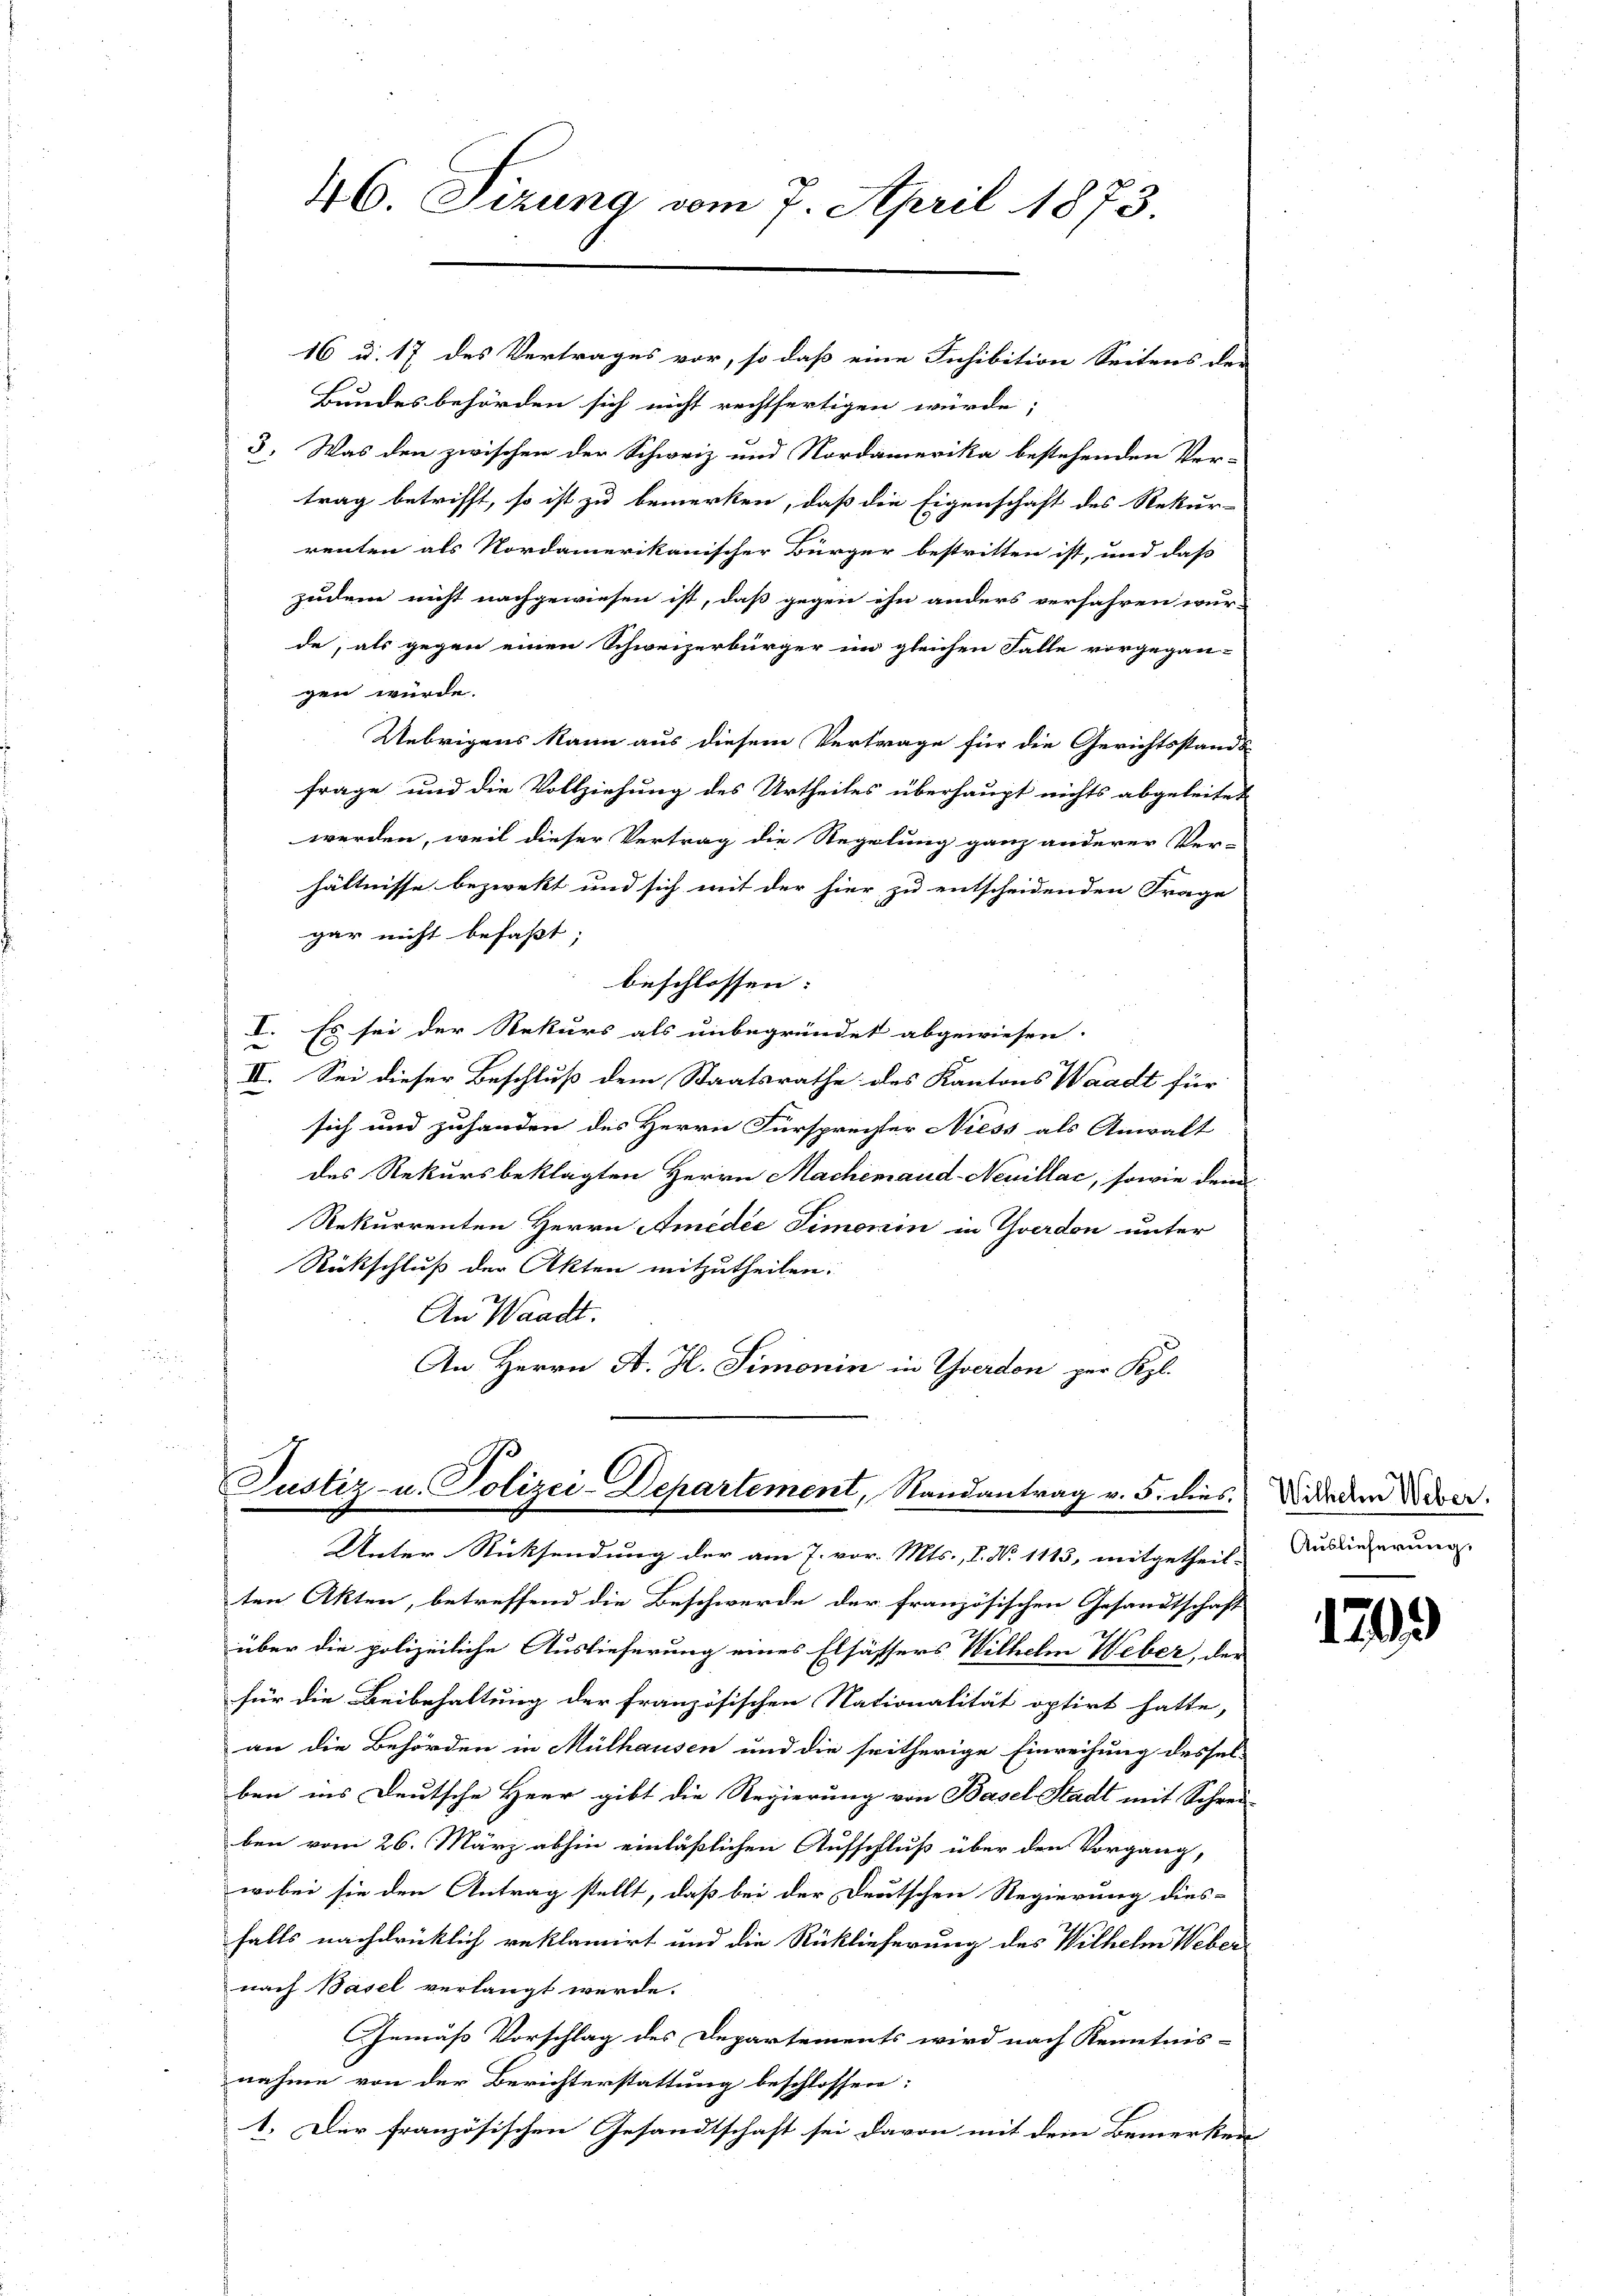
46. Sizung vom 7. April 1873.

16 d. 17 des Vertrages vor, so daß eine Inhibition Seitens der
Bundesbehörden sich nicht rechtfertigen würde;
3. Was den zwischen der Schweiz und Nordamerika bestehenden Ver-
trag betrifft, so ist zu bemerken, daß die Eigenschaft des Rekur-
renten als Nordamerikanischer Bürger bestritten ist, und daß
zudem nicht nachgewiesen ist, daß gegen ihn anders verfahren wur-
de, als gegen einen Schweizerbürger im gleichen Falle vorgegan-
gen würde.
Uebrigens kann aus diesem Vertrage für die Gerichtsstands
frage und die Vollziehung des Urtheiles überhaupt nichts abgeleitet
werden, weil dieser Vertrag die Regelung ganz anderer Ver-
hältnisse bezwekt und sich mit der hier zu entscheidenden Frage
gar nicht befaßt;
beschlossen:
I.
Es sei der Rekurs als unbegründet abgewiesen.
.
II. Sei dieser Beschluß dem Staatsrathe des Kantons Waadt für
sich und zuhanden des Herrn Fürsprecher Niess als Anwalt
des Rekursbeklagten Herrn Machemand- Neuillac, sowie dem
Rekurrenten Herrn Amédée Simonin in Yverdon unter
Rückschluß der Akten mitzutheilen.
An Waadt.
An Herrn A. H. Simonin in Yverden zur Kl.

Justiz- u. Polizei-Departement, Randantrag v. 5. dies. Die dem Diver
Unter Rücksendung der am 7. vor. Mts., L. N. 1113, mitgetheil-

ten Akten, betreffend die Beschwerde der französischen Gesandtschaft
über die polizeiliche Auslieferung eines Elsässers Wilhelm Weber, der
für die Beibehaltung der französischen Nationalität optirt hatte,
an die Behörden in Mülhausen und die seitherige Einreihung dessel-
ben ins Deutsche Herr gibt die Regierung von Basel-Stadt mit Schrei-
ben vom 26. März abhin einläßlichen Aufschluß über den Vorgang,
wobei sie den Antrag stellt, daß bei der Deutschen Regierung dies-
falls nachdrücklich reklamirt und die Rücklieferung des Wilhelm Weber
nach Basel verlangt werde.
Gemäß Vorschlag des Departements wird nach Kenntnis-
nahme von der Berichterstattung beschlossen:
1. Der französischen Gesandtschaft sei davon mit dem Bemerken

Auslieferung.

1799